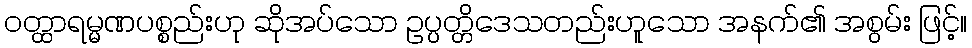
ဝတ္ထာရမ္မဏပစ္စည်းဟု ဆိုအပ်သော ဥပ္ပတ္တိဒေသတည်းဟူသော အနက်၏ အစွမ်း ဖြင့်။